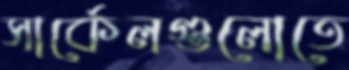
সার্কেলগুলোতে